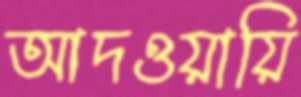
আদওয়ায়ি